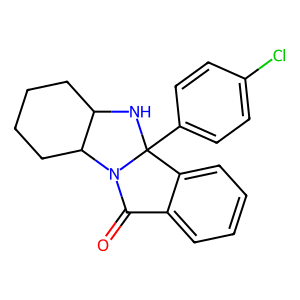
SMILES: O=C1c2ccccc2C2(c3ccc(Cl)cc3)NC3CCCCC3N12
Inhibits HIV replication: No